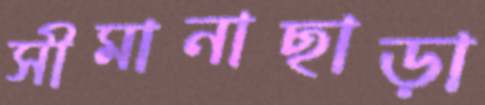
সীমানাছাড়া